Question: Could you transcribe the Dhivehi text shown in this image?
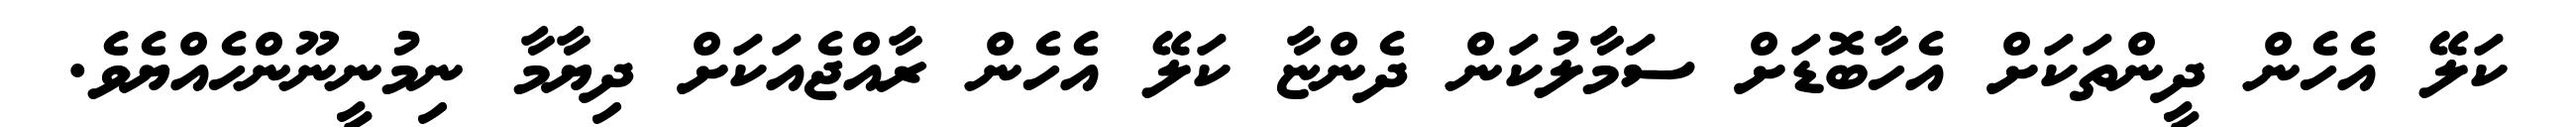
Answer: ކަލޭ އެހެން ދީންތަކަށް އެހާބޮޑަށް ސަމާލުކަން ދެންޏާ ކަލޭ އެހެން ރާއްޖެއަކަށް ދިޔާމާ ނިމުނީނޫންހެއްޔެވެ.